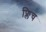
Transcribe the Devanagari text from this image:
फ्लिच